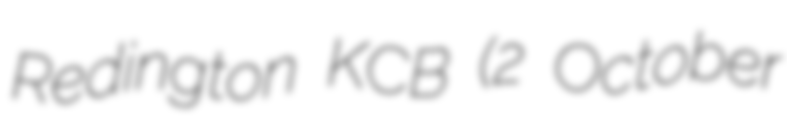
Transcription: Redington KCB (2 October